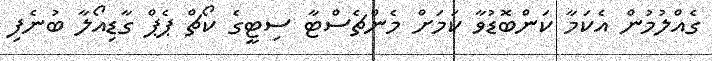
ގެއްލުމުން އެކަމާ ކަންބޮޑުވާ ކަމަށް މެންޗެސްޓާ ސިޓީގެ ކޯޗް ޕެޕް ގާޑިއޯލާ ބުނެފި